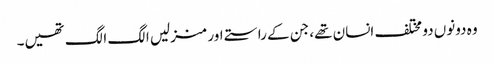
وہ دونوں دو مختلف انسان تھے، جن کے راستے اور منزلیں الگ الگ تھیں۔